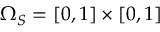
\Omega _ { S } = [ 0 , 1 ] \times [ 0 , 1 ]